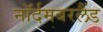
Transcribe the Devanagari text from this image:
नॉर्दमबरलैंड